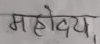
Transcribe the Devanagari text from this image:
महोदय,